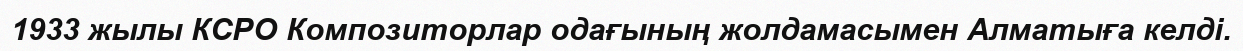
1933 жылы КСРО Композиторлар одағының жолдамасымен Алматыға келді.